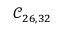
\mathcal { C } _ { 2 6 , 3 2 }